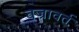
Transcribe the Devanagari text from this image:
वज्रावर्त